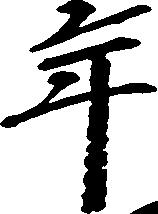
年